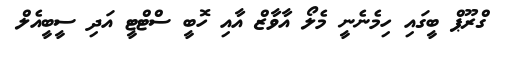
ގްރޫޕް ބީގައި ހިމެނެނީ މެލޯ އާވާޒް އާއި ހޮބީ ސްޓްޓީ އަދި ސީބީއެލް